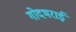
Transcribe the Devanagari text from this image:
गोदभराई